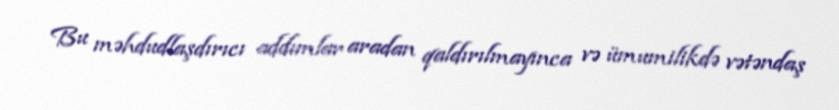
Bu məhdudlaşdırıcı addımlar aradan qaldırılmayınca və ümumilikdə vətəndaş